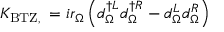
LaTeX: K _ { \mathrm { { B T Z } , \Omega } } = i r _ { \Omega } \left( d _ { \Omega } ^ { \dagger L } d _ { \Omega } ^ { \dagger R } - d _ { \Omega } ^ { L } d _ { \Omega } ^ { R } \right)